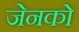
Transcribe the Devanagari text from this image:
जेनको